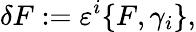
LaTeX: \delta F:=\varepsilon^{i}\{ F,\gamma_{i}\} ,